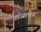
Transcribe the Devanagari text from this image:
ताजापन